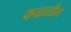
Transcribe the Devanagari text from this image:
कळातील